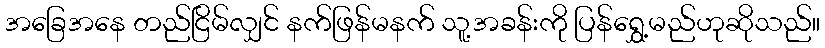
အခြေအနေ တည်ငြိမ်လျှင် နက်ဖြန်မနက် သူ့အခန်းကို ပြန်ရွှေ့မည်ဟုဆိုသည်။